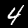
Label: 4